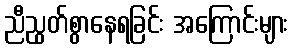
ညီညွတ်စွာနေရခြင်း အကြောင်းများ